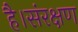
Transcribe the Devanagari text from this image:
है।संरक्षण